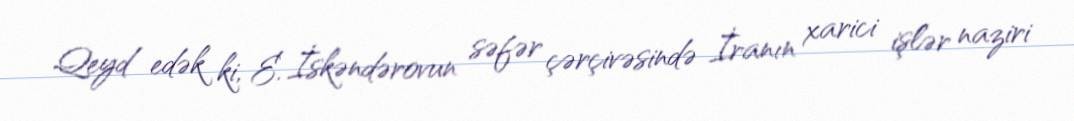
Qeyd edək ki, E. İskəndərovun səfər çərçivəsində İranın xarici işlər naziri